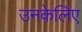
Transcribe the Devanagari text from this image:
उनकेलिए